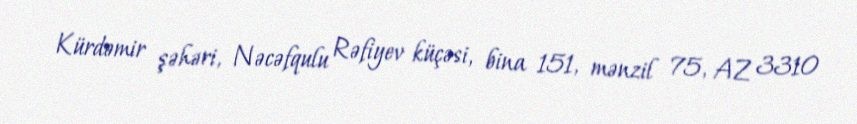
Kürdəmir şəhəri, Nəcəfqulu Rəfiyev küçəsi, bina 151, mənzil 75, AZ 3310